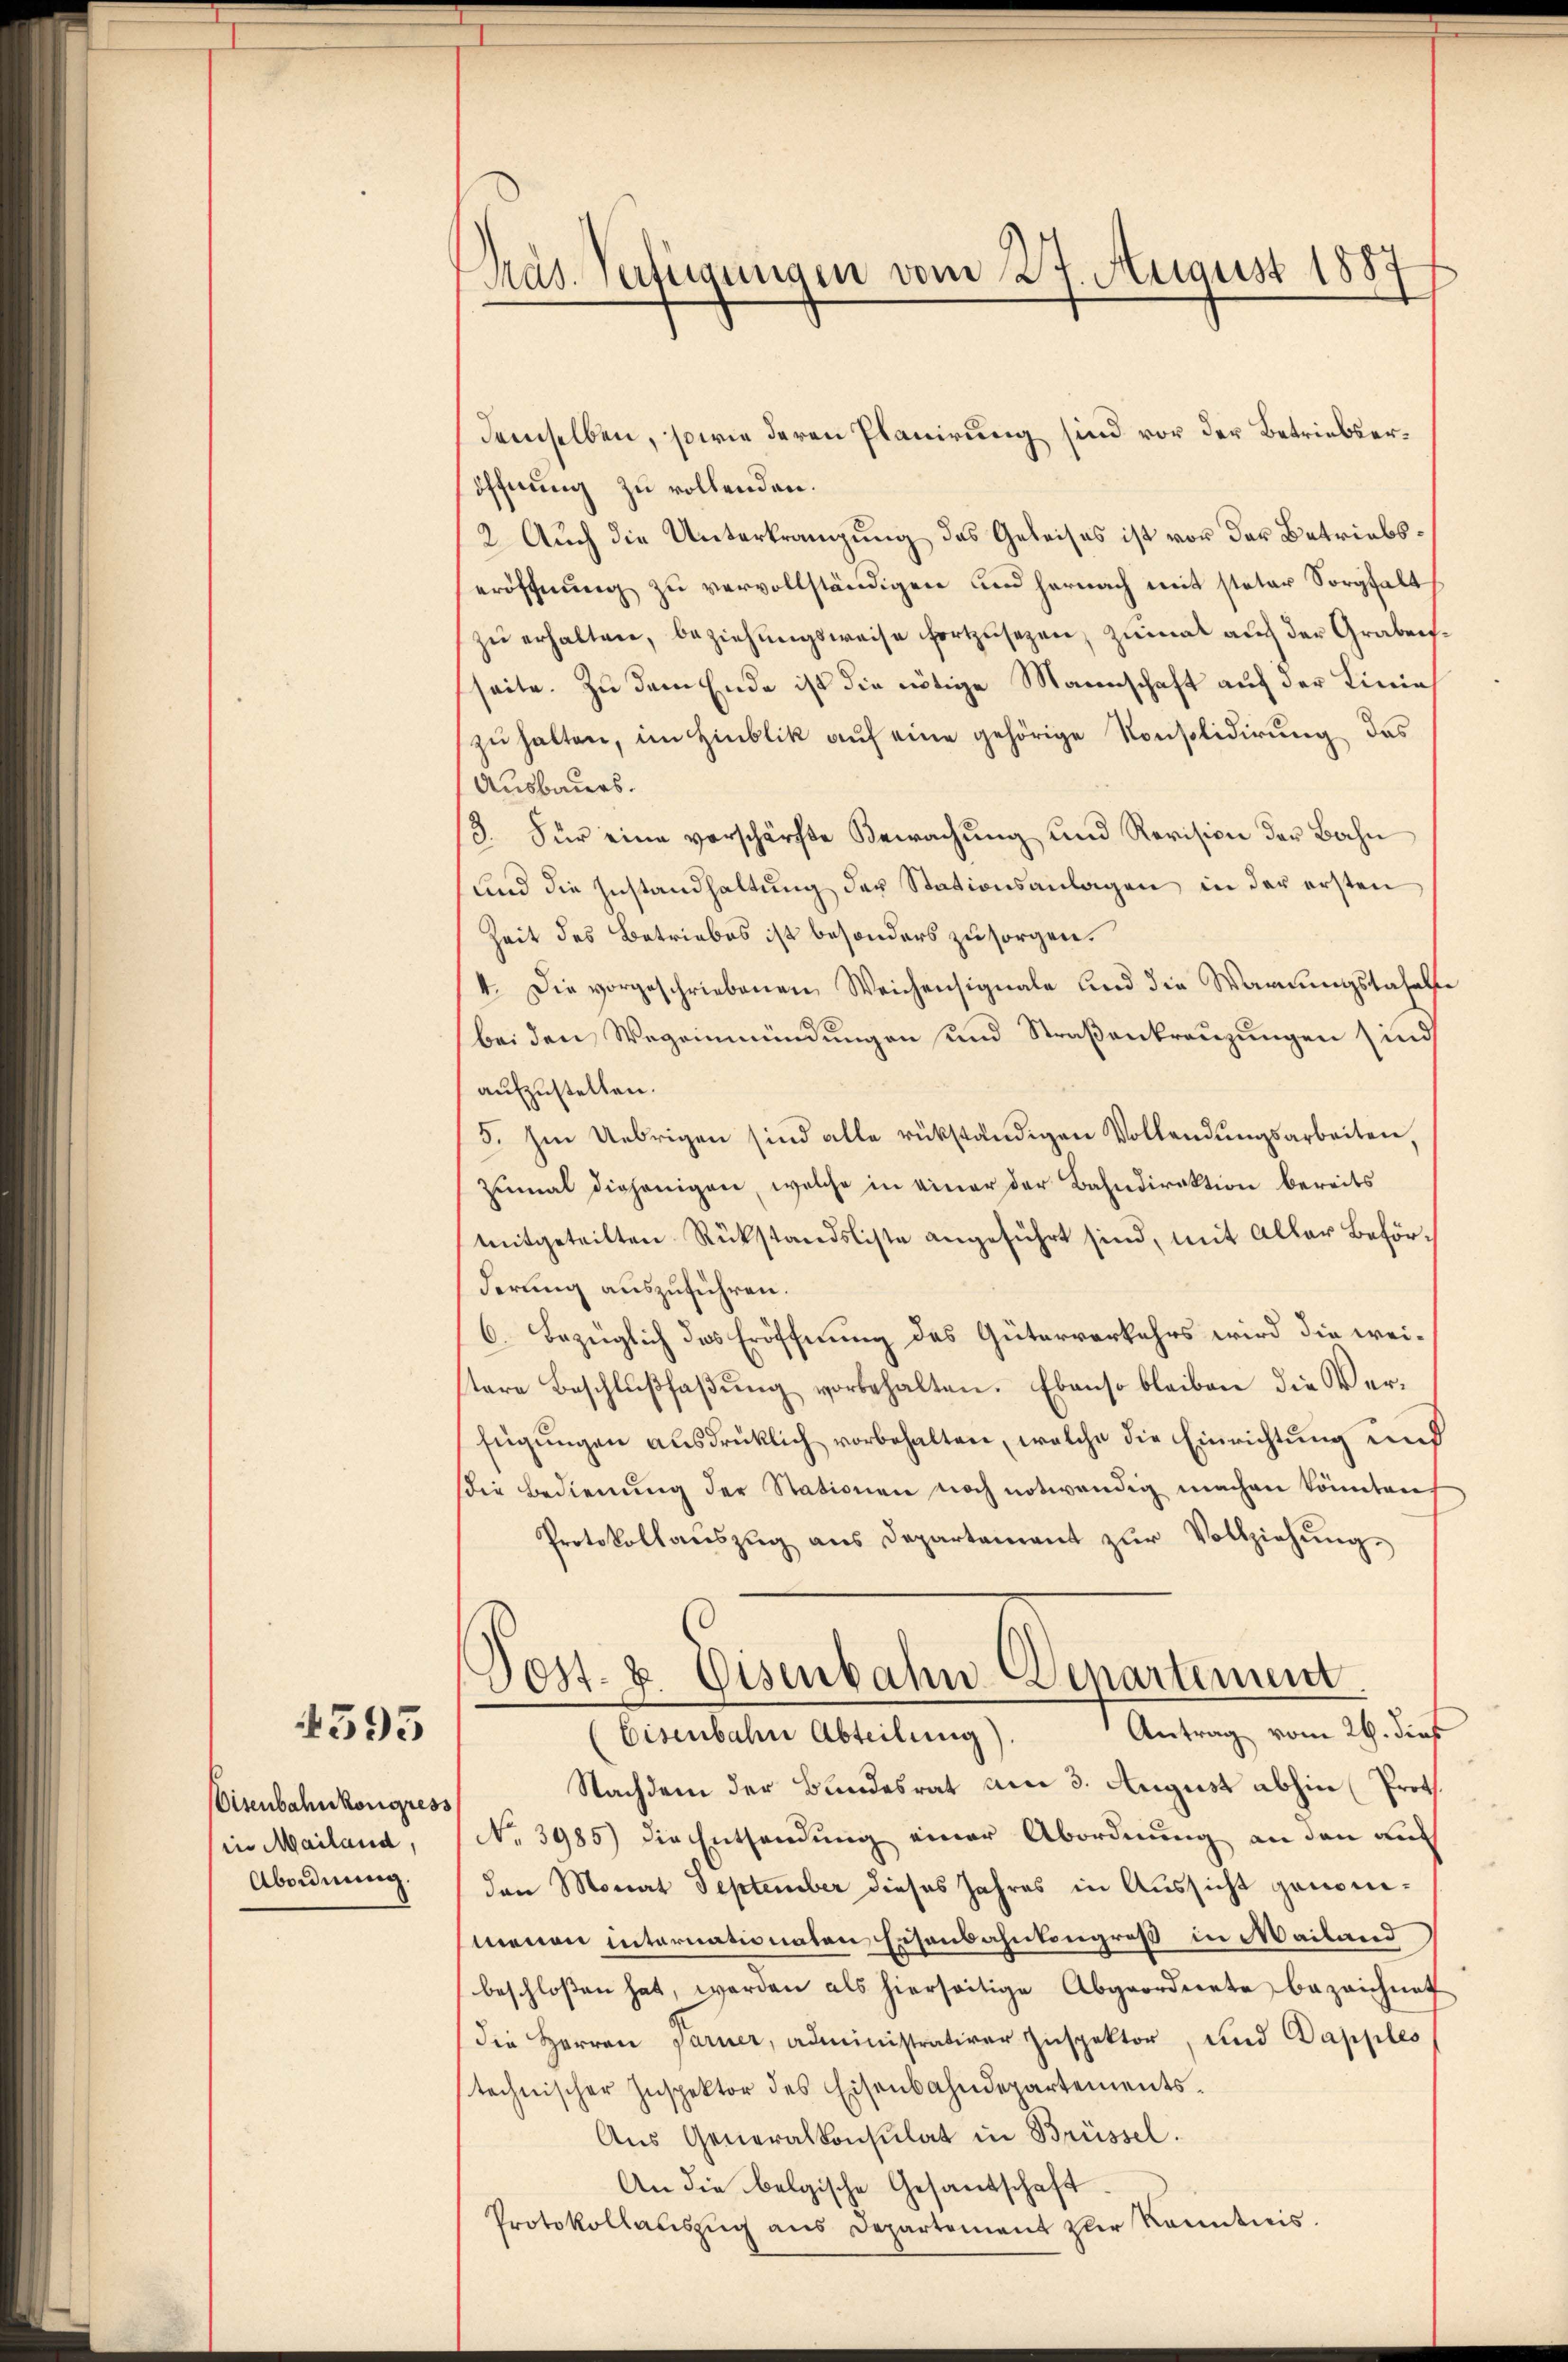
4595

Eisenbahnkongress
in Mailand,
Abordnung.

Pras. Verfügungen vom 27. August 1887

demselben, sowie deren Planirung sind vor der Betriebseröffnung zu vollenden.
2. Auch die Unterkrangung des Geleises ist vor der Betriebseröffnung zu vervollständigen und hernach mit steter Sorgfalt
zŭ erhalten, beziehungsweise fortzusezen, zumal auch der Grabensseite. Zu dem Ende ist die nötige Mannschaft auf der Linie
zu halten, im Hinblik auf eine gehörige Konsolidirung das
Ausbaues.
3. Für eine verschärfte Bewachŭng und Revision der Bahn
und die Zustandhaltung der Stationsanlagen in der ersten
Zeit des Betriebes ist besonders zu sorgen.
4. Die vorgeschriebenen Weichensignale und die Warnungstahelfe
bei den Wegennündŭngen und Straβenkreuzungen sind
aufzustellen.
5. Im Uebrigen sind alle rükständigen Vollendungsarbeiten,
zumal diejenigen, welche in einer der Bahndirektion bereits
mitgeteilten Rükstandsliste angeführt sind, mit aller Beförderung auszuführen.
6. Bezüglich das Eröffnung des Güterverkehrs wird die weistere Beschlŭβfaβŭng vorbehalten. Ebenso bleiben die Verfügungen ausdrüklich vorbehalten, welche die Einrichtung und
die Bedienŭng der Stationen noch notwendig machen könnten
Protokollanszŭg ans Departement zŭr Vollziehŭng.
Post- u. Eisenbahn-Departement
Antrag vom 26. dies
Eisenbahn Abteilung)
Nachdem der Bundesrat am 3. August abhin (Prot.
No 3985) die Entsendung einer Abordnung an den auch
den Monat September dieses Jahres in Aussicht genomnenen internationalen Eisenbahnkongroß in Mailand
beschloßen hat, werden als hierseitige Abgeordnete bezeichnet
die Herren Farner, administrativer Inspektor, und Papples
technischer Inspektor des Eisenbahndepartements¬
Aus Generalkonsulat in Brüssel.
An die belgische Gesandschaft.
Protokollaŭszŭg ans Departement zur Kenntnis.